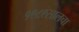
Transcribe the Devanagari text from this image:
१९८९सालचा